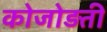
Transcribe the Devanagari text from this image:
कोजोड़ती